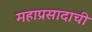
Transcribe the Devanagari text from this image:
महाप्रसादाची